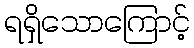
ရရှိသောကြောင့်